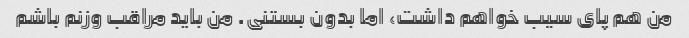
من هم پای سیب خواهم داشت، اما بدون بستنی. من باید مراقب وزنم باشم